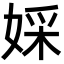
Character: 婇